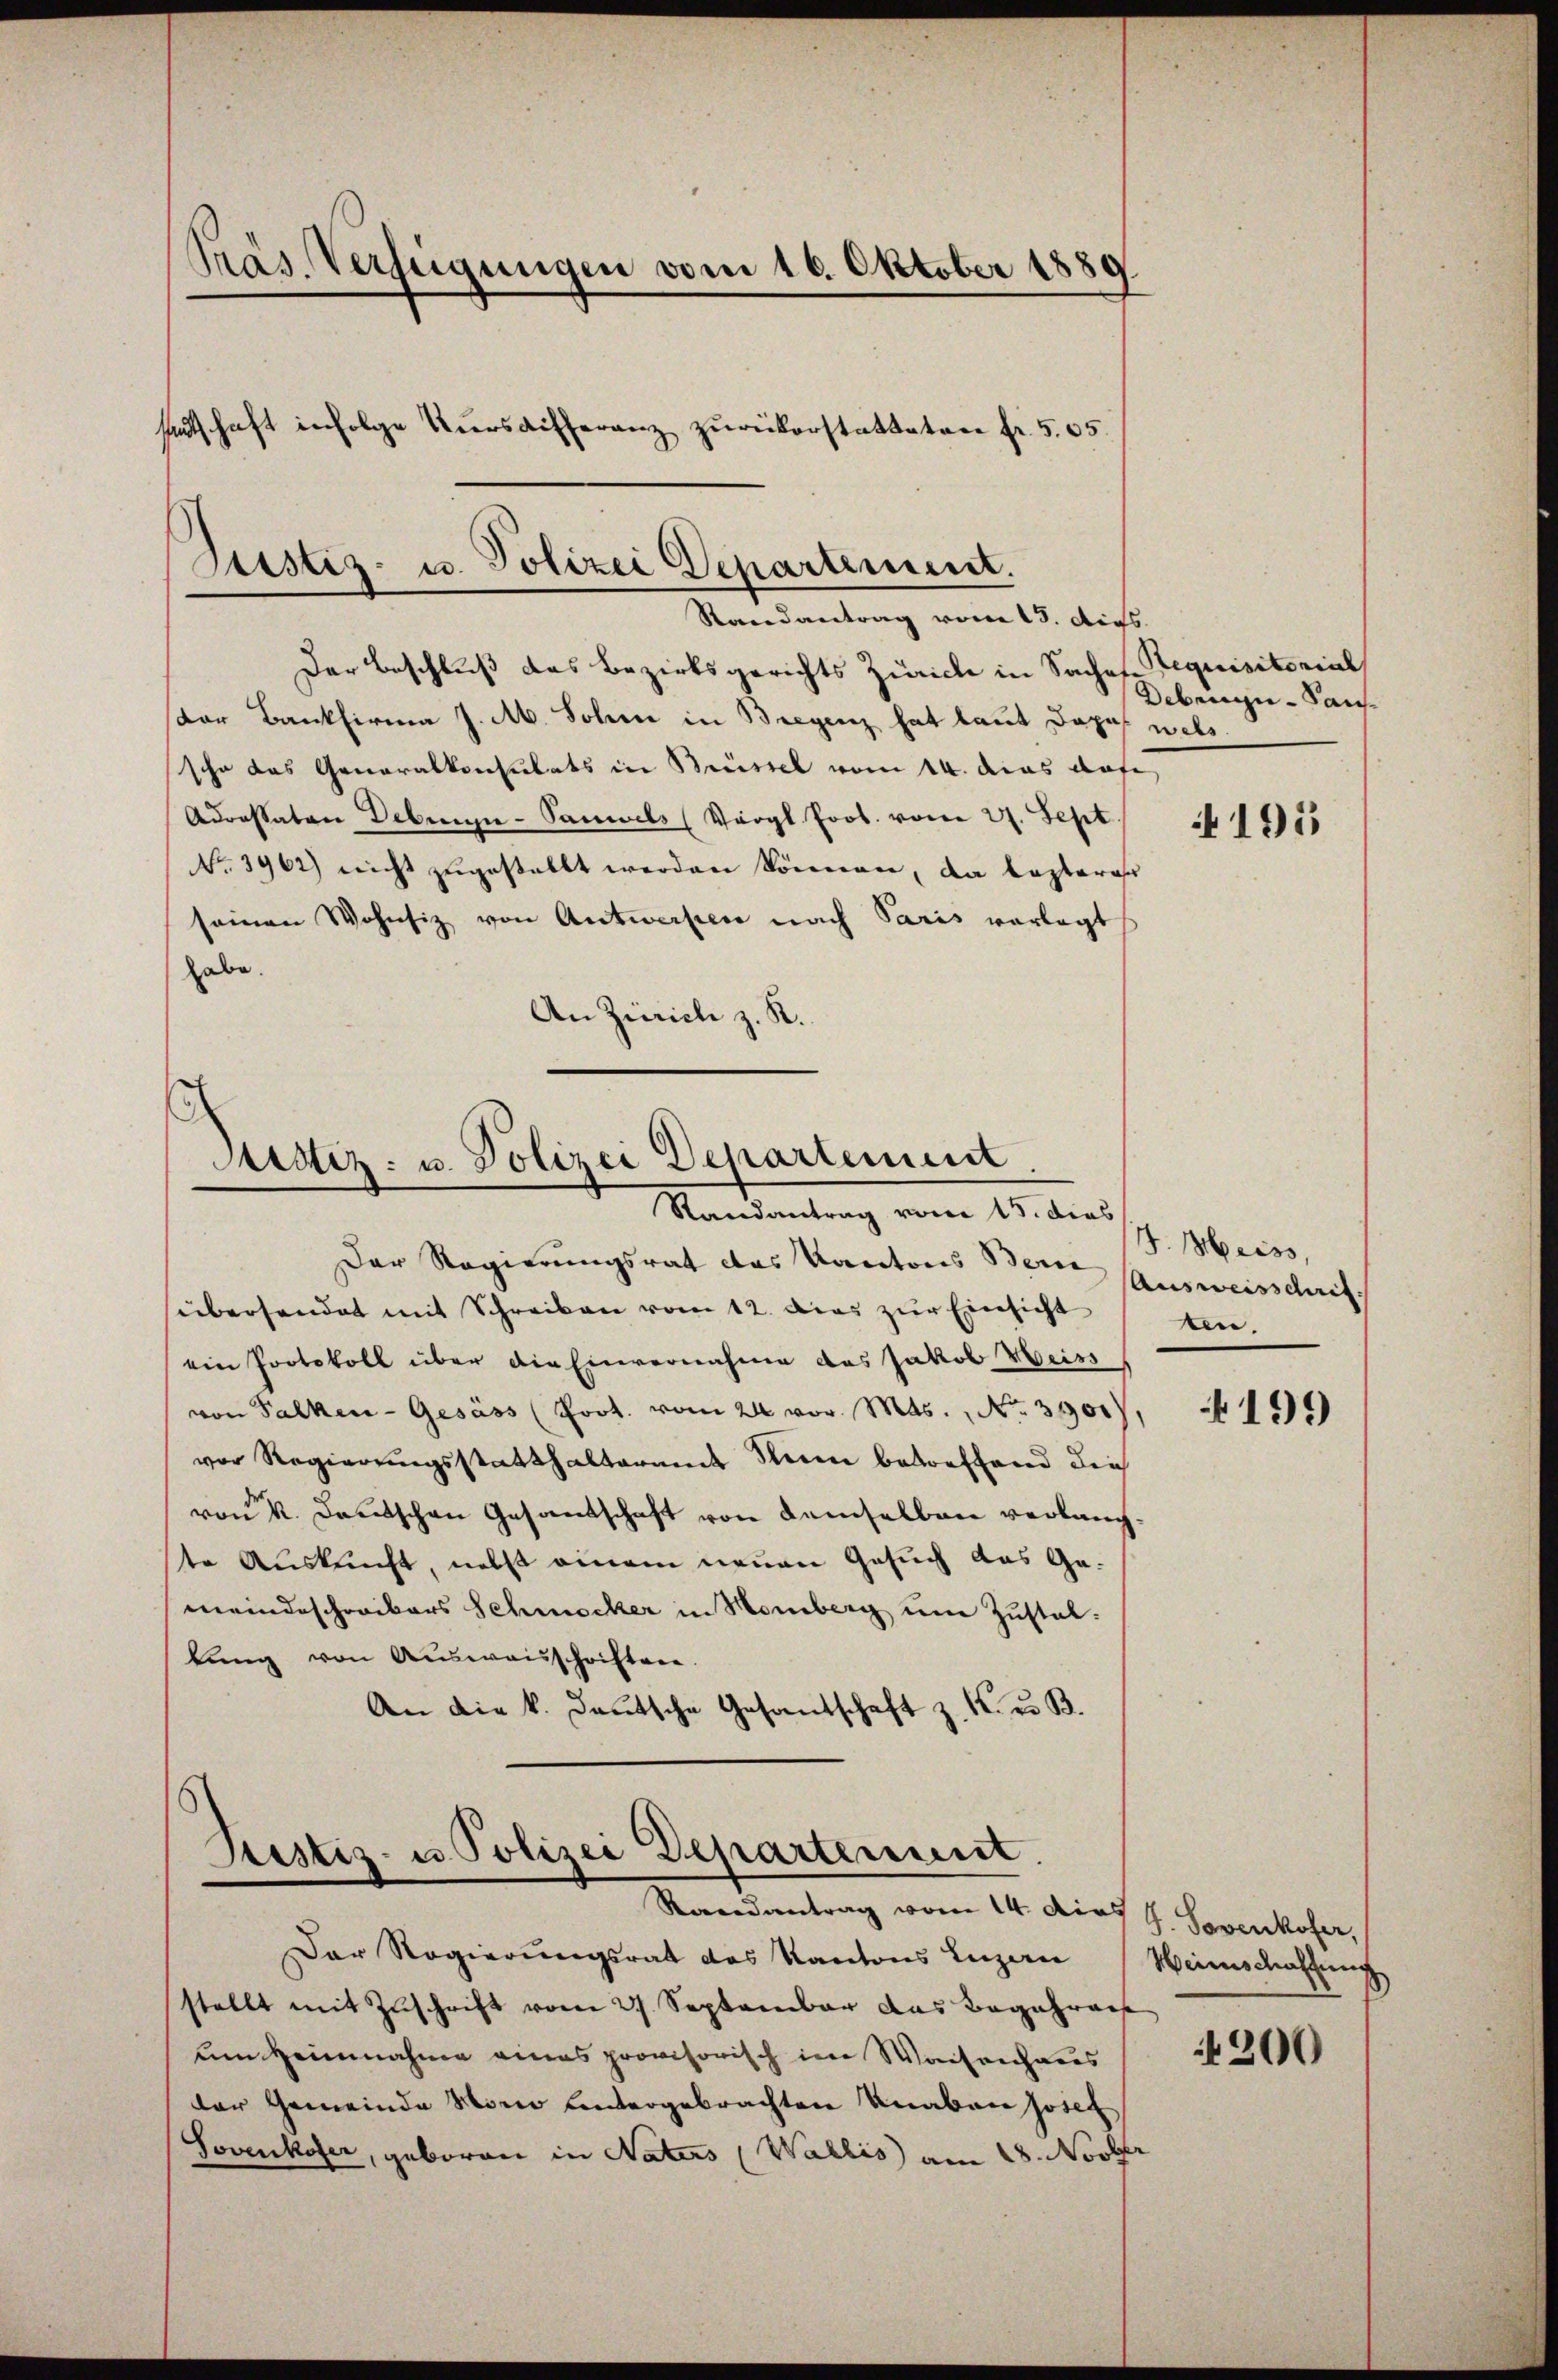
Präs. Verfügungen vom 16. Oktober 1889.
settschaft infolge Kŭrsdifferanz zurükerstatteten fr. 505.

Sistiz- u. Polizei Departement.
Randantrag von 13. dies.

Der Beschluß das Bezirksgerichts Zürich in Saches requisitorial
dor Bankfirma J. M. Johne in Bregenz hat laut dopo wels
sche das Generalkonsulats in Brüssel vom 14. das dafe
Adressaten Debrgi-Sammels (Vergl Prot. vom 27. Sept.
No. 3962) nicht zŭgestellt werden können, da kostera
seinen Wohnsiz von Antworten nach Paris vorlegt
habe.
An Zürich z. R.

Justiz- u. Polizei Departement
Randantrag von 15. dies

Restiz- u. Polizei Departement.
Randantrag vom 14. dies 9. Severkofer,

Der Regierungsrat das Kantons Bern Ausweisschrifübersendet mit Schreiben vom 12. das zur Einsicht
ein Protokoll über die Einvernahme des Jakob Weiss
von Falken-Gesäss (Poot. vom 24. vor. Mts., No. 3900)
vor Regierŭngsstatthalteramt Steien betreffend der
von K. Deutschen Gesandschaft von demselben verlang
te Auskunft, nebst einem neuen Gesuch das Ge-
meindeschreibers Schmecker in Homberg um Zustallung von Ausweisschriften.
An die k. deutsche Gesandschaft z. K. u. B.

Der Regierungsrat des Kantons Luzern
stellt mit Zuschrift vom 27. September das Begehren
um Heimnahme eines provisorisch im Waisenchanis
der Gemeinde Wonne untergebrachten Knaben Josef
Sovenkofer, geboren in Naters (Wallis) am 28. Novbr

Debenge - Saus

4195

J. Meiss,
ten.

199

Weinschaffung

200